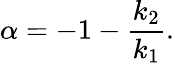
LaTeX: \alpha=-1-\frac{k_{2}}{k_{1}}.